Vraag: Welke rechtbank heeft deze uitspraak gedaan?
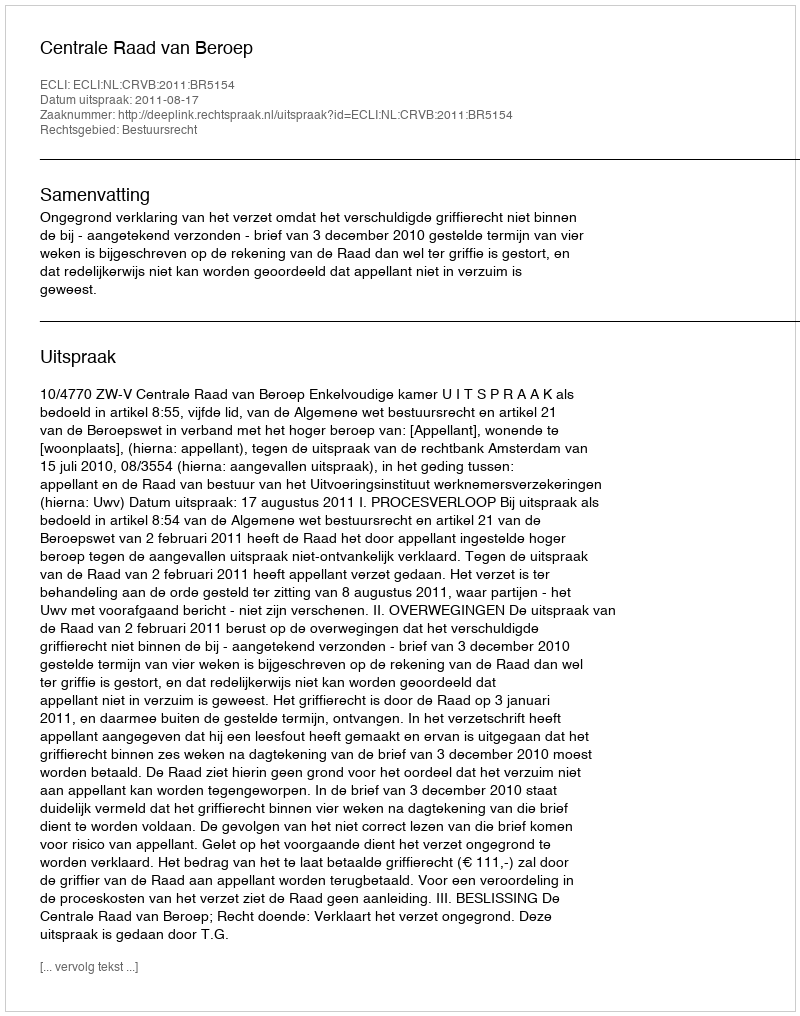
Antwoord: Centrale Raad van Beroep